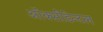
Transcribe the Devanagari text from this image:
ऑक्सीडेन्टल